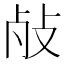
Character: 𱥌